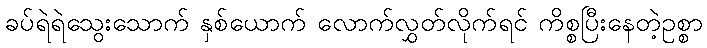
ခပ်ရဲရဲသွေးသောက် နှစ်ယောက် လောက်လွှတ်လိုက်ရင် ကိစ္စပြီးနေတဲ့ဥစ္စာ